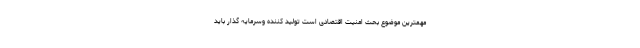
مهمترین موضوع بحث امنیت اقتصادی است تولید کننده وسرمایه گذار باید